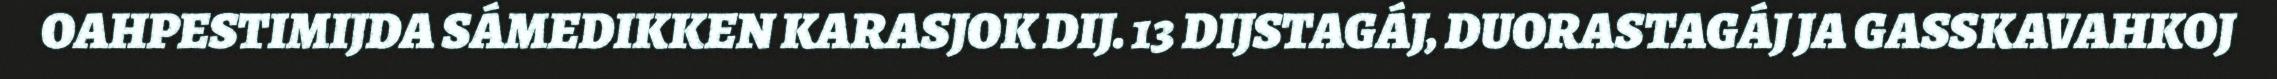
OAHPESTIMIJDA SÁMEDIKKEN KARASJOK DIJ. 13 DIJSTAGÁJ, DUORASTAGÁJ JA GASSKAVAHKOJ